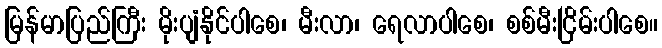
မြန်မာပြည်ကြီး မိုးပျံနိုင်ပါစေ၊ မီးလာ၊ ရေလာပါစေ၊ စစ်မီးငြိမ်းပါစေ။